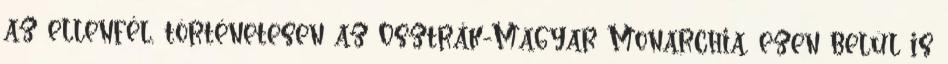
az ellenfél, történetesen az Osztrák-Magyar Monarchia, ezen belül is